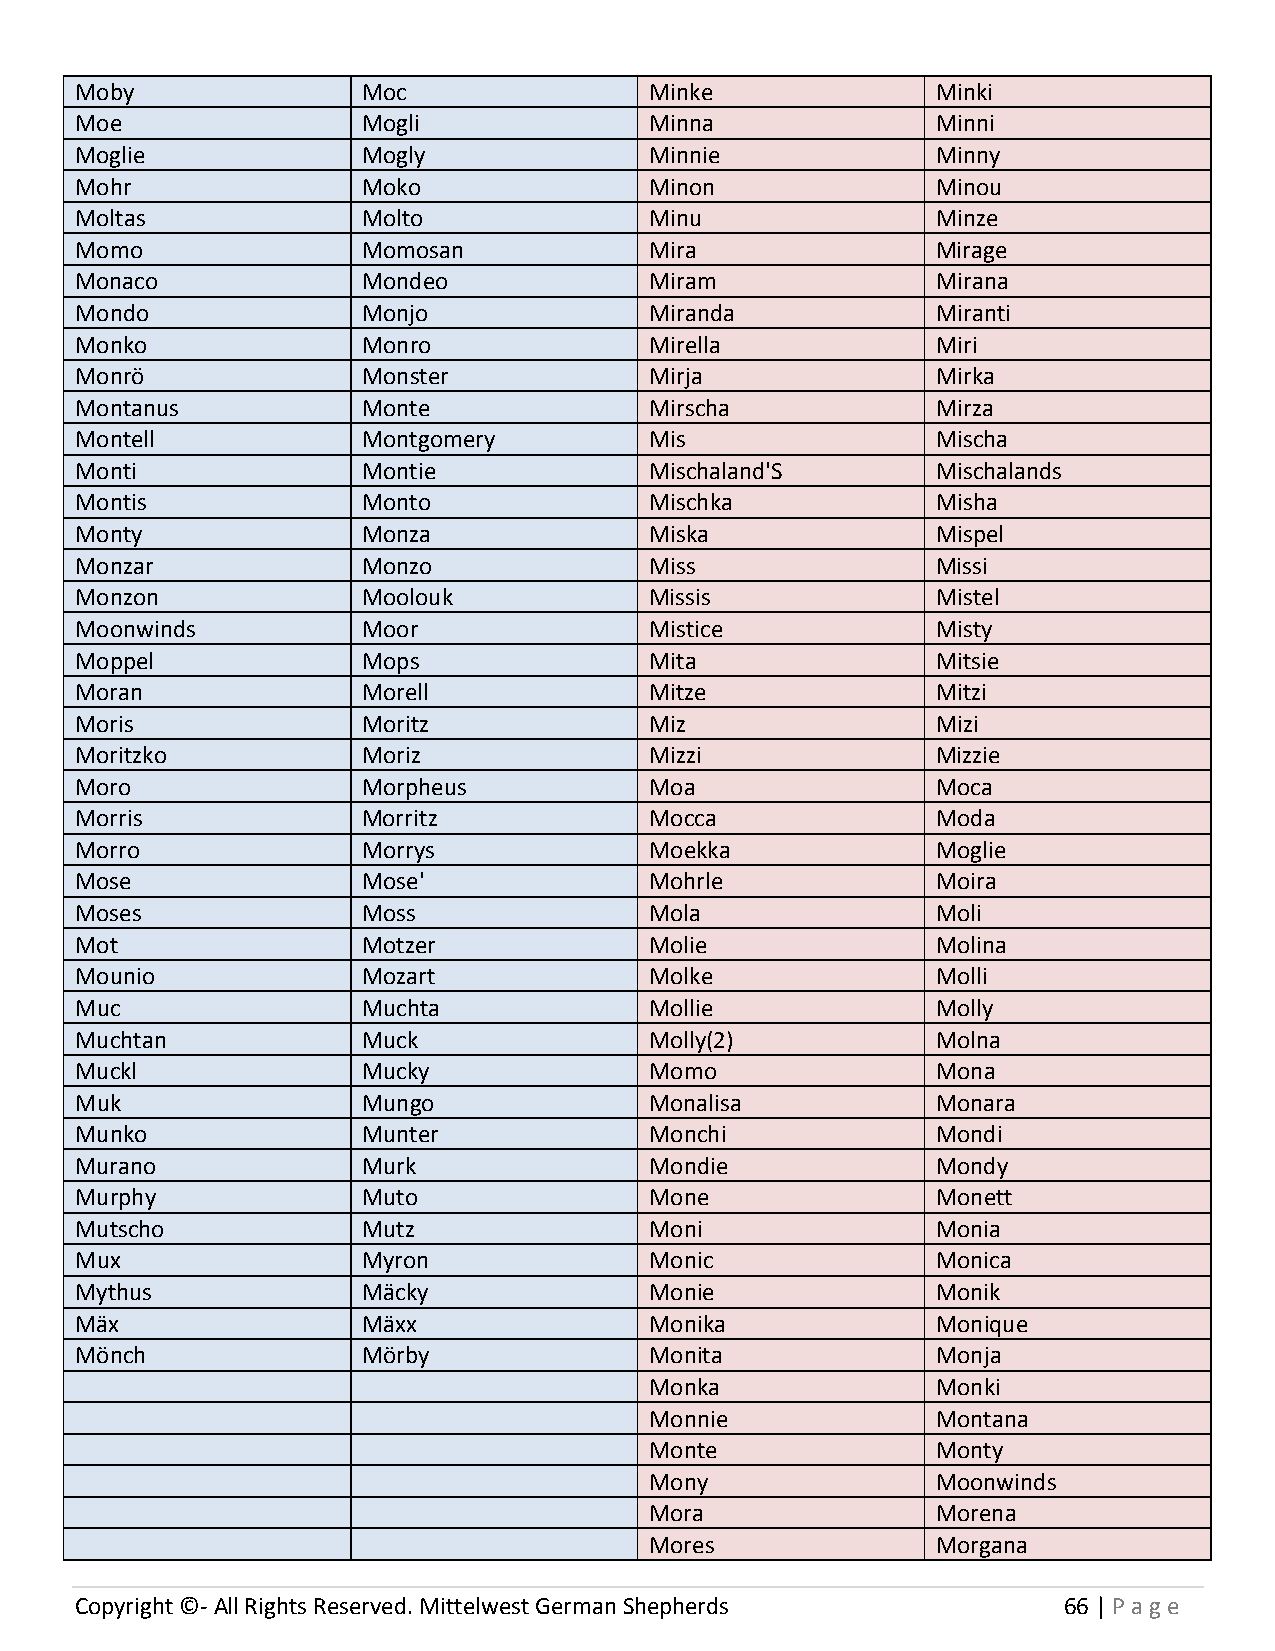
Moby               Moc                Minke              Minki
 Moe                Mogli              Minna              Minni
 Moglie             Mogly              Minnie             Minny
 Mohr               Moko               Minon              Minou
 Moltas             Molto              Minu               Minze
 Momo               Momosan            Mira               Mirage
 Monaco             Mondeo             Miram              Mirana
 Mondo              Monjo              Miranda            Miranti
 Monko              Monro              Mirella            Miri
 Monrö              Monster            Mirja              Mirka
 Montanus           Monte              Mirscha            Mirza
 Montell            Montgomery         Mis                Mischa
 Monti              Montie             Mischaland'S       Mischalands
 Montis             Monto              Mischka            Misha
 Monty              Monza              Miska              Mispel
 Monzar             Monzo              Miss               Missi
 Monzon             Moolouk            Missis             Mistel
 Moonwinds          Moor               Mistice            Misty
 Moppel             Mops               Mita               Mitsie
 Moran              Morell             Mitze              Mitzi
 Moris              Moritz             Miz                Mizi
 Moritzko           Moriz              Mizzi              Mizzie
 Moro               Morpheus           Moa                Moca
 Morris             Morritz            Mocca              Moda
 Morro              Morrys             Moekka             Moglie
 Mose               Mose'              Mohrle             Moira
 Moses              Moss               Mola               Moli
 Mot                Motzer             Molie              Molina
 Mounio             Mozart             Molke              Molli
 Muc                Muchta             Mollie             Molly
 Muchtan            Muck               Molly(2)           Molna
 Muckl              Mucky              Momo               Mona
 Muk                Mungo              Monalisa           Monara
 Munko              Munter             Monchi             Mondi
 Murano             Murk               Mondie             Mondy
 Murphy             Muto               Mone               Monett
 Mutscho            Mutz               Moni               Monia
 Mux                Myron              Monic              Monica
 Mythus             Mäcky              Monie              Monik
 Mäx                Mäxx               Monika             Monique
 Mönch              Mörby              Monita             Monja
 Monka              Monki
 Monnie             Montana
 Monte              Monty
 Mony               Moonwinds
 Mora               Morena
 Mores              Morgana
 Copyright ©- All Rights Reserved. Mittelwest German Shepherds    66 | P age